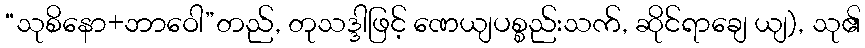
“သုစိနော+ဘာဝေါ”တည်, တုသဒ္ဒါဖြင့် ဏေယျပစ္စည်းသက်, ဆိုင်ရာချေ ယျ), သု၏